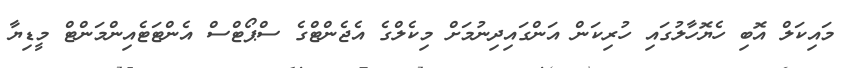
މައިކަލް އޮބި ހެޔޮހާލުގައި ހުރިކަން އަންގައިދިނުމަށް މިކެލްގެ އެޖެންޓްގެ ސްޕޯޓްސް އެންޓަޓެއިންމަންޓް މީޑިޔާ